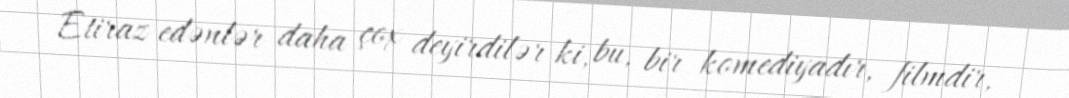
Etiraz edənlər daha çox deyirdilər ki, bu, bir komediyadır, filmdir,